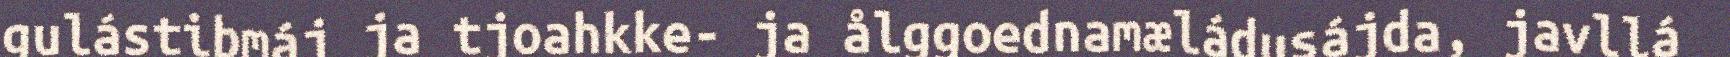
gulástibmáj ja tjoahkke- ja ålggoednamæládusájda, javllá